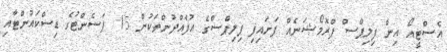
އެސްޓީއޯ އިން ފިލިޕްސް ޕްރޮމޯޝަނެއް ފަށައިފި ފިލިޕްސްގެ އުފެއްދުންތަކުން 15 ޕަސެންޓުގެ ޑިސްކައުންޓާއި